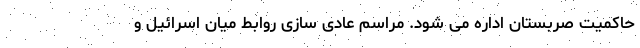
حاکمیت صربستان اداره می شود. مراسم عادی سازی روابط میان اسرائیل و